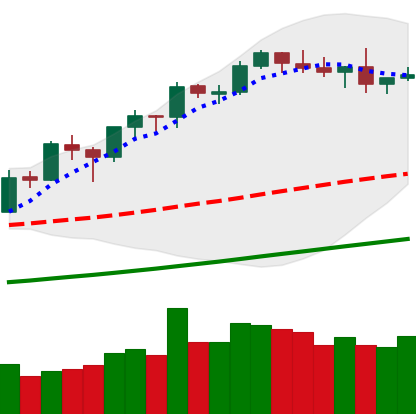
Ticker: BNB-USD
Chart end date: 2019-06-01
Forward return: -4.645%
Label: down_3_5